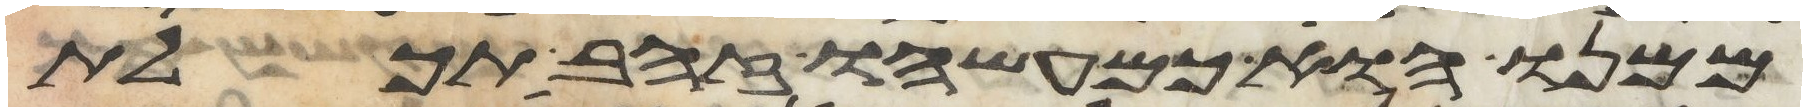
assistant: ממנו הוא כמעשהו זהב תכלת